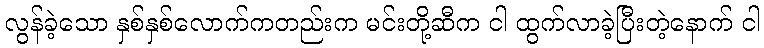
လွန်ခဲ့သော နှစ်နှစ်လောက်ကတည်းက မင်းတို့ဆီက ငါ ထွက်လာခဲ့ပြီးတဲ့နောက် ငါ